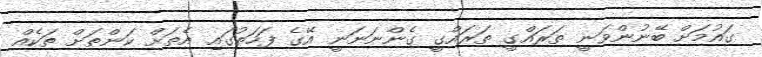
ގައުމަށް ބޭނުންވަނީ ތަރައްގީ ތަރައްގީ ގެންނަނަނީ އޭގެ ފަހަތުގައި އެތަށް ކަންތަށް ތަކެއް